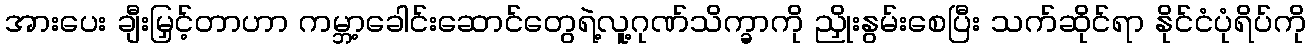
အားပေး ချီးမြှင့်တာဟာ ကမ္ဘာ့ခေါင်းဆောင်တွေရဲ့လူ့ဂုဏ်သိက္ခာကို ညှိုးနွမ်းစေပြီး သက်ဆိုင်ရာ နိုင်ငံပုံရိပ်ကို